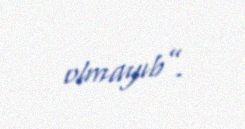
olmayıb”.